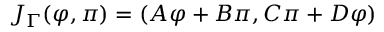
J _ { \Gamma } ( \varphi , \pi ) = ( A \varphi + B \pi , C \pi + D \varphi )